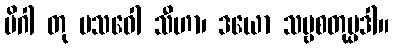
မိဂါ တု ပသဝေါ သီဟာ၊ ဒယော သဗ္ဗစတုပ္ပဒါ။